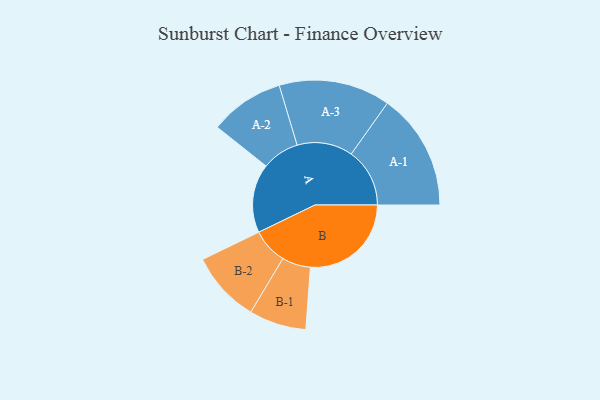
{"axis": {"x": "Segment", "y": "Value"}, "legend": ["", "A", "B"], "data": [{"x": "A", "y": 325, "type": ""}, {"x": "B", "y": 476, "type": ""}, {"x": "A-1", "y": 276, "type": "A"}, {"x": "A-2", "y": 176, "type": "A"}, {"x": "A-3", "y": 263, "type": "A"}, {"x": "B-1", "y": 135, "type": "B"}, {"x": "B-2", "y": 168, "type": "B"}]}